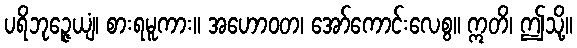
ပရိဘုဉ္ဇေယျံ၊ စားရမူကား။ အဟောဝတ၊ အော်ကောင်းလေစွ။ ဣတိ၊ ဤသို့။